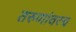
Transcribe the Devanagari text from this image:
तरुणांवरच